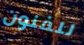
للفنون